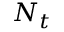
\boldsymbol { N } _ { t }